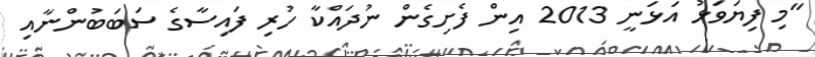
"މި ފިޔަވަޅު އަޅަނީ 2013 އިން ފެށިގެން ނުދައްކާ ހުރި ފައިސާގެ ސަބަބުންނާއި